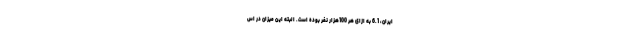
ایران، 6.1 به ازای هر 100هزار نفر بوده است. البته این میزان در اس